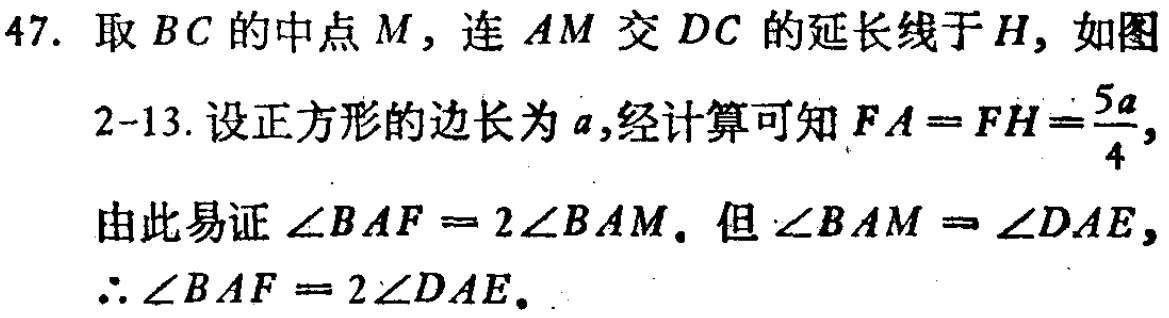
47. 取 \(BC\) 的中点 \(M\)，连 \(AM\) 交 \(DC\) 的延长线于 \(H\)，如图
2 - 13. 设正方形的边长为 \(a\)，经计算可知 \(FA = FH=\frac{5a}{4}\)，
由此易证 \(\angle BAF = 2\angle BAM\). 但 \(\angle BAM = \angle DAE\)，
\(\therefore \angle BAF = 2\angle DAE\).